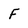
Character: f